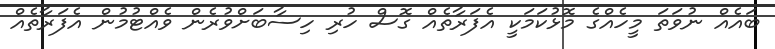
ބައެއް ނުވަތަ މީހެއްގެ މޮޅުކަމަކީ އެފަރާތެއް ގޮސް ހުރި ހިސާބަށްވުރެން ވެއްޓުމުން އެފަރާތެއް